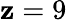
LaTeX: \mathbf{z}=9